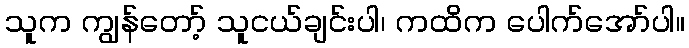
သူက ကျွန်တော့် သူငယ်ချင်းပါ၊ ကထိက ပေါက်အော်ပါ။